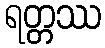
ရတ္တဿ